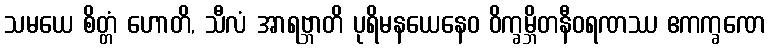
သမယေ စိတ္တံ ဟောတိ, သီလံ အာရဗ္ဘာတိ ပုရိမနယေနေဝ ဝိက္ခမ္ဘိတနီဝရဏဿ ဧကက္ခဏေ